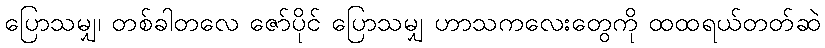
ပြောသမျှ၊ တစ်ခါတလေ ဇော်ပိုင် ပြောသမျှ ဟာသကလေးတွေကို ထထရယ်တတ်ဆဲ